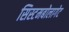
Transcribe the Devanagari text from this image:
सिस्टमबोलागेट